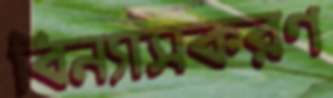
বিন্যাসকরণ